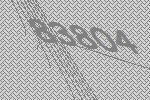
83804